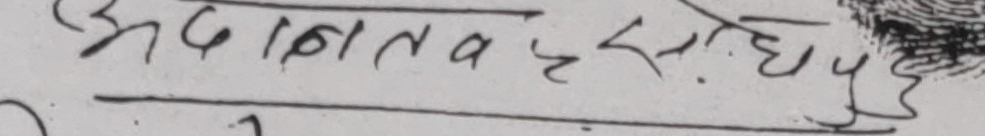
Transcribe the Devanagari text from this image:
अदालतव सघियु